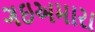
ગઇઅમારા